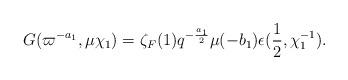
LaTeX: \begin{align*}G(\varpi^{-a_1},\mu\chi_1) = \zeta_F(1)q^{-\frac{a_1}{2}}\mu(-b_1)\epsilon(\frac{1}{2},\chi_1^{-1}). \end{align*}